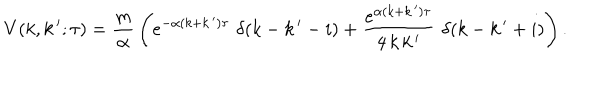
V ( k , k \, ^ { \prime } ; \tau ) = \frac { m } { \alpha } \, \left( e ^ { - \alpha ( k + k \, ^ { \prime } ) \tau } \, \, \delta ( k - k \, ^ { \prime } - i ) + \frac { e ^ { \alpha ( k + k \, ^ { \prime } ) \tau } } { 4 \, k \, k \, ^ { \prime } } \, \, \delta ( k - k \, ^ { \prime } + i ) \right) .